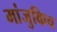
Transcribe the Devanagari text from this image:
मांजुकिच